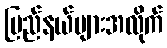
ပြည်နယ်များအလိုက်